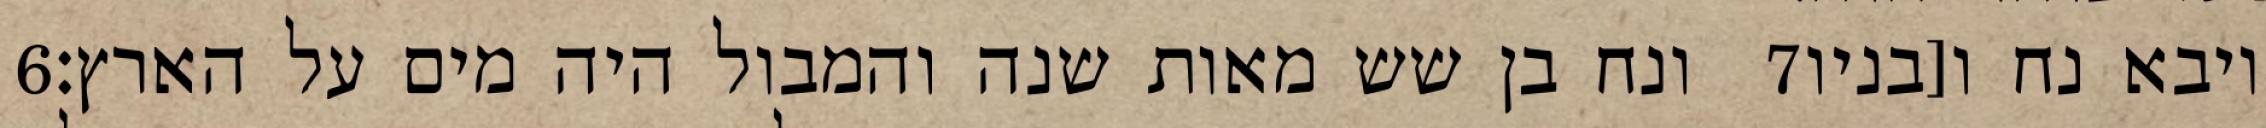
‎6‏ ונח בן שש מאות שנה והמבול היה מים על הארץ׃ ‎7‏ ויבא נח ו[בניו